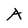
Character: A